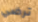
ترضي